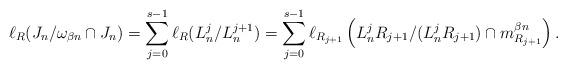
LaTeX: \begin{align*}\ell_R(J_n/\omega_{\beta n}\cap J_n)=\sum_{j=0}^{s-1}\ell_R(L_n^j/L_n^{j+1})=\sum_{j=0}^{s-1}\ell_{R_{j+1}}\left(L_n^jR_{j+1}/(L_n^jR_{j+1})\cap m_{R_{j+1}}^{\beta n}\right).\end{align*}